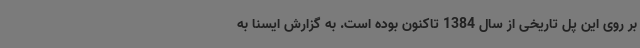
بر روی این پل تاریخی از سال 1384 تاکنون بوده است. به گزارش ایسنا به